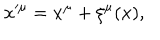
x ^ { \prime \mu } = x ^ { \mu } + \xi ^ { \mu } ( x ) ,